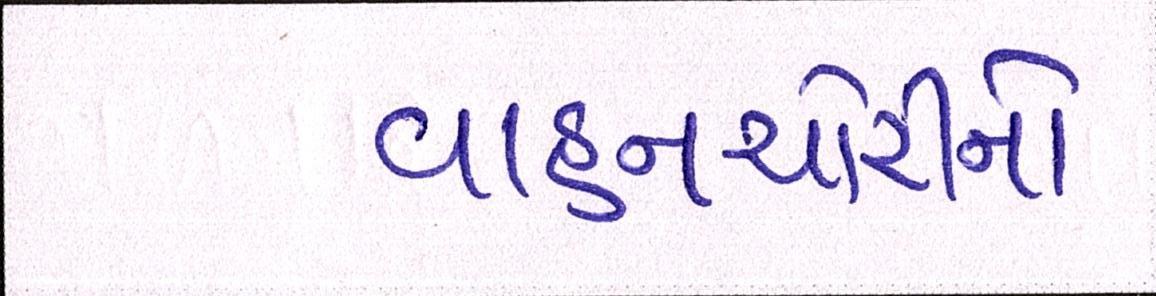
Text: વાહનચોરીનો